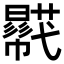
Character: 𧂓